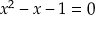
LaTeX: x ^ { 2 } - x - 1 = 0